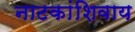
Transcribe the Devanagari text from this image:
नाटकांशिवाय